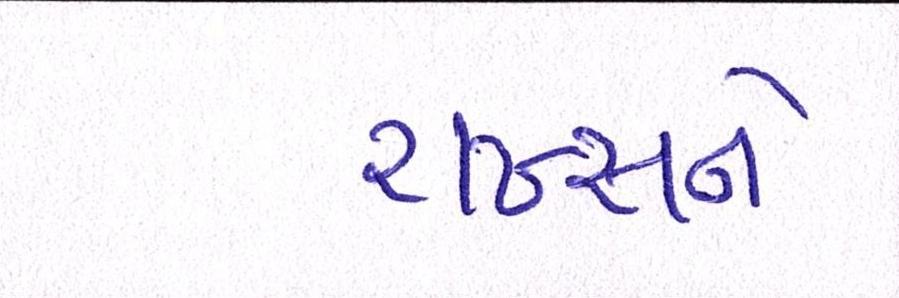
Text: શખ્સને